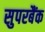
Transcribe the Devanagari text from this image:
सुपरबैंक